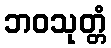
ဘဝသုတ္တံ